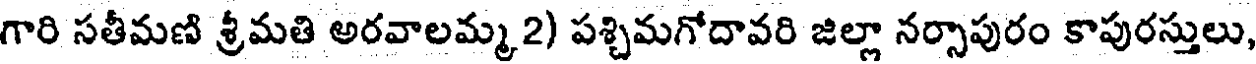
గారి సతీమణి శ్రీమతి అరవాలమ్మ 2) పశ్చిమగోదావరి జిల్లా నర్సాపురం కాపురస్తులు,